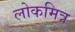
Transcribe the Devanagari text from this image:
लोकमित्र